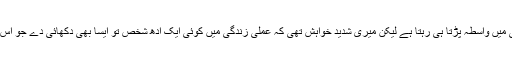
چھوٹے موٹے جھوٹوں سے تو زندگی میں واسطہ پڑتا ہی رہتا ہے لیکن میری شدید خواہش تھی کہ عملی زندگی میں کوئی ایک آدھ شخص تو ایسا بھی دکھائی دے جو اس محاورے کی جیتی جاگتی تصویر ہو۔